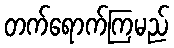
တက်ရောက်ကြမည်